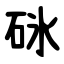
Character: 砯